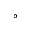
^ \circ